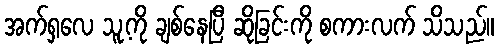
အက်ရှလေ သူ့ကို ချစ်နေပြီ ဆိုခြင်းကို စကားလက် သိသည်။